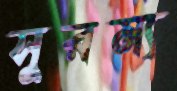
সুরম্য